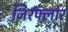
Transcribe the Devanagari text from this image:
जिरफ्लोर